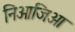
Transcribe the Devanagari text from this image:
निओजिआ